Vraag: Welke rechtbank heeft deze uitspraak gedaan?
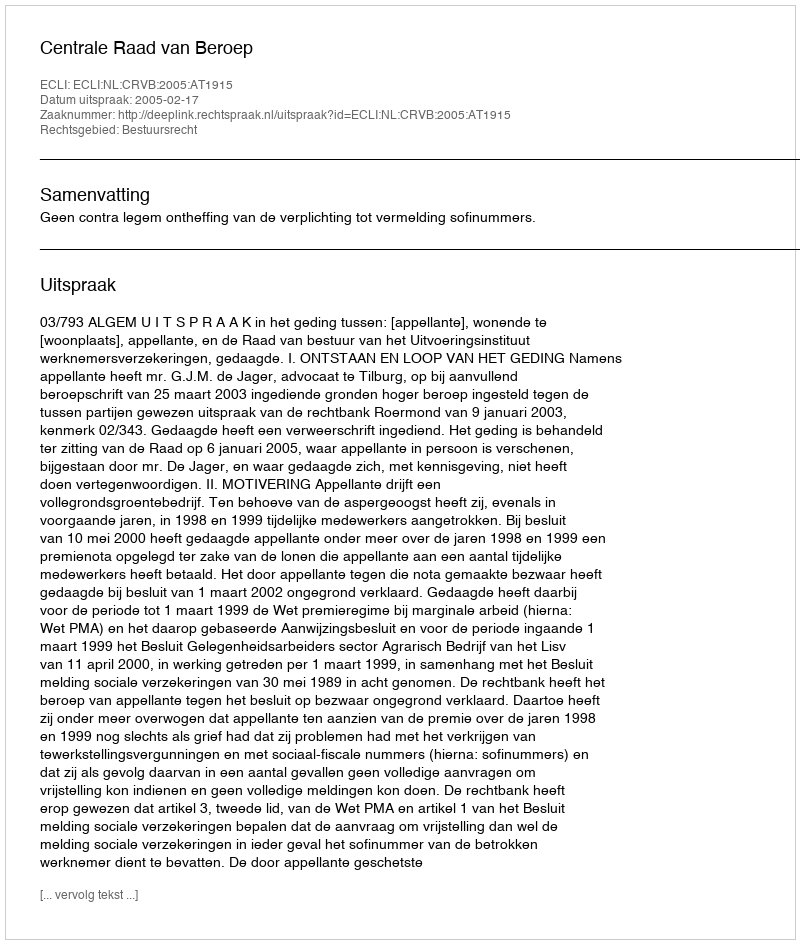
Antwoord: Centrale Raad van Beroep